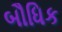
બૌધિક